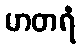
မာတရံ